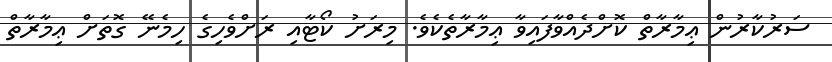
ސަރުކާރުން ޢިމާރާތް ކޮށްދެއްވާފައިވާ ޢިމާރާތެކެވެ. މިރަށު ކޯޓާއި ރަށްވެހިގެ ހިމެނޭ ގޮތަށް ޢިމާރާތް